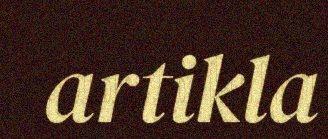
artikla